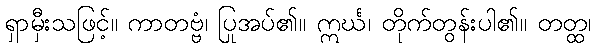
ရှာမှီးသဖြင့်။ ကာတဗ္ဗံ၊ ပြုအပ်၏။ ဣင်္ဃ၊ တိုက်တွန်းပါ၏။ တတ္ထ၊